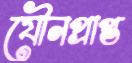
যৌনপ্রাপ্ত